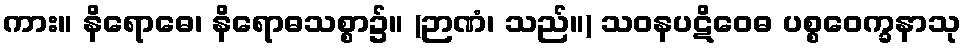
ကား။ နိရောဓေ၊ နိရောဓသစ္စာ၌။ (ဉာဏံ၊ သည်။) သဝနပဋိဝေဓ ပစ္စဝေက္ခနာသု